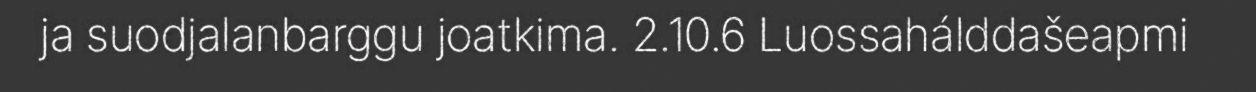
ja suodjalanbarggu joatkima. 2.10.6 Luossahálddašeapmi